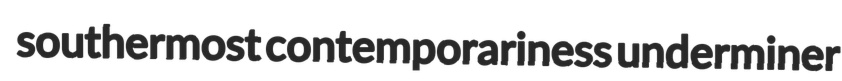
southermost contemporariness underminer